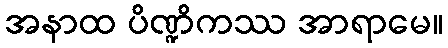
အနာထ ပိဏ္ဍိကဿ အာရာမေ။